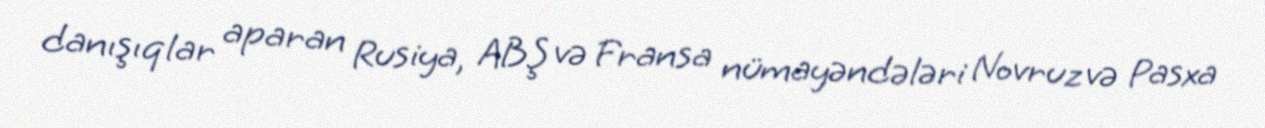
danışıqlar aparan Rusiya, ABŞ və Fransa nümayəndələri Novruz və Pasxa